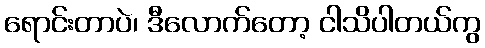
ရောင်းတာပဲ၊ ဒီလောက်တော့ ငါသိပါတယ်ကွ